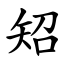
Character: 䂏